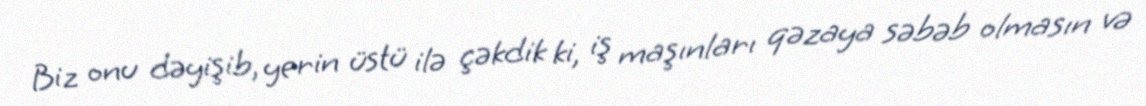
Biz onu dəyişib, yerin üstü ilə çəkdik ki, iş maşınları qəzaya səbəb olmasın və